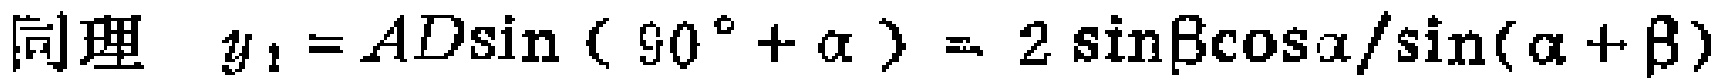
同理 \(y_{1}=AD\sin(90^{\circ}+\alpha)=2\sin\beta\cos\alpha/\sin(\alpha + \beta)\)